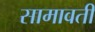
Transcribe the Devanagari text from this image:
सामावती